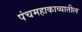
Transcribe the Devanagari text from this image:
पंचमहाकाव्यातील